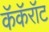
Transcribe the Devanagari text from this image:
कॅकॅरॉट